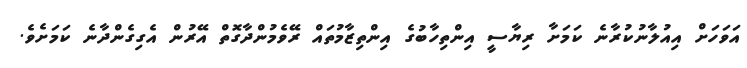
އަވަހަށް އިއުލާނުކުރާނެ ކަމަށާ ރިޔާސީ އިންތިހާބުގެ އިންތިޒާމުތައް ރޭވެމުންދާގޮތް އޭރުން އެގިގެންދާނެ ކަމަށެވެ.